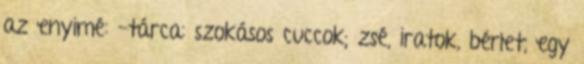
az enyimé: -tárca: szokásos cuccok; zsé, iratok, bérlet, egy